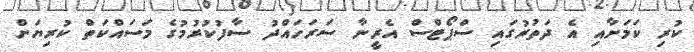
ކުރި ކަމަށާއި އެ ދަތުރުގައި ސްޕޯޓްސް އެރީނާ ސަރަހައްދު ސާފުކުރުމުގެ މަސައްކަތް ކުރިޔަށް